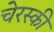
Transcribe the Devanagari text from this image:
चेरस्की